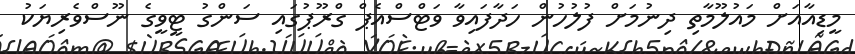
މީޑިއާއަށް މައުލޫމާތި ދިނުމަށް ފުލުހުން ހަދާފައިވާ ވަޓްސްއެޕް ގްރޫޕުގައި ސަންގު ޓީވީގެ ނޫސްވެރިޔަކު